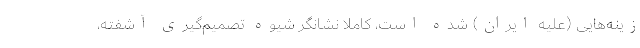
زینه‌هایی (علیه ایران) شده است، کاملاً نشانگر شیوه تصمیم‌گیری آشفته،